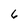
Character: 6